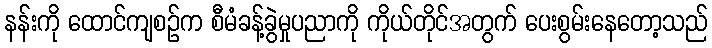
နန်းကို ထောင်ကျစဉ်က စီမံခန့်ခွဲမှုပညာကို ကိုယ်တိုင်အတွက် ပေးစွမ်းနေတော့သည်